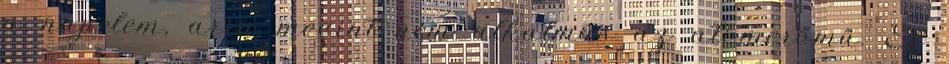
a napelem, arra megint nem alkalmas az atomerőmű. És